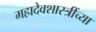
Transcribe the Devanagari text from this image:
महादेवशास्त्रींच्या